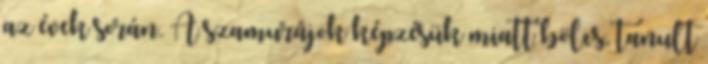
az évek során. A szamurájok képzésük miatt bölcs, tanult